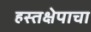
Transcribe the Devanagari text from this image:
हस्तक्षेपाचा